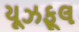
યૂઝફૂલ